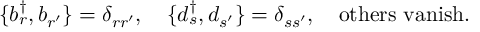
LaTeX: \{ b _ { r } ^ { \dagger } , b _ { r ^ { \prime } } \} = \delta _ { r r ^ { \prime } } , ~ ~ ~ \{ d _ { s } ^ { \dagger } , d _ { s ^ { \prime } } \} = \delta _ { s s ^ { \prime } } , ~ ~ ~ \mathrm { o t h e r s ~ v a n i s h } .